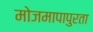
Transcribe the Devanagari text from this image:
मोजमापापुरता